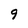
Character: 9